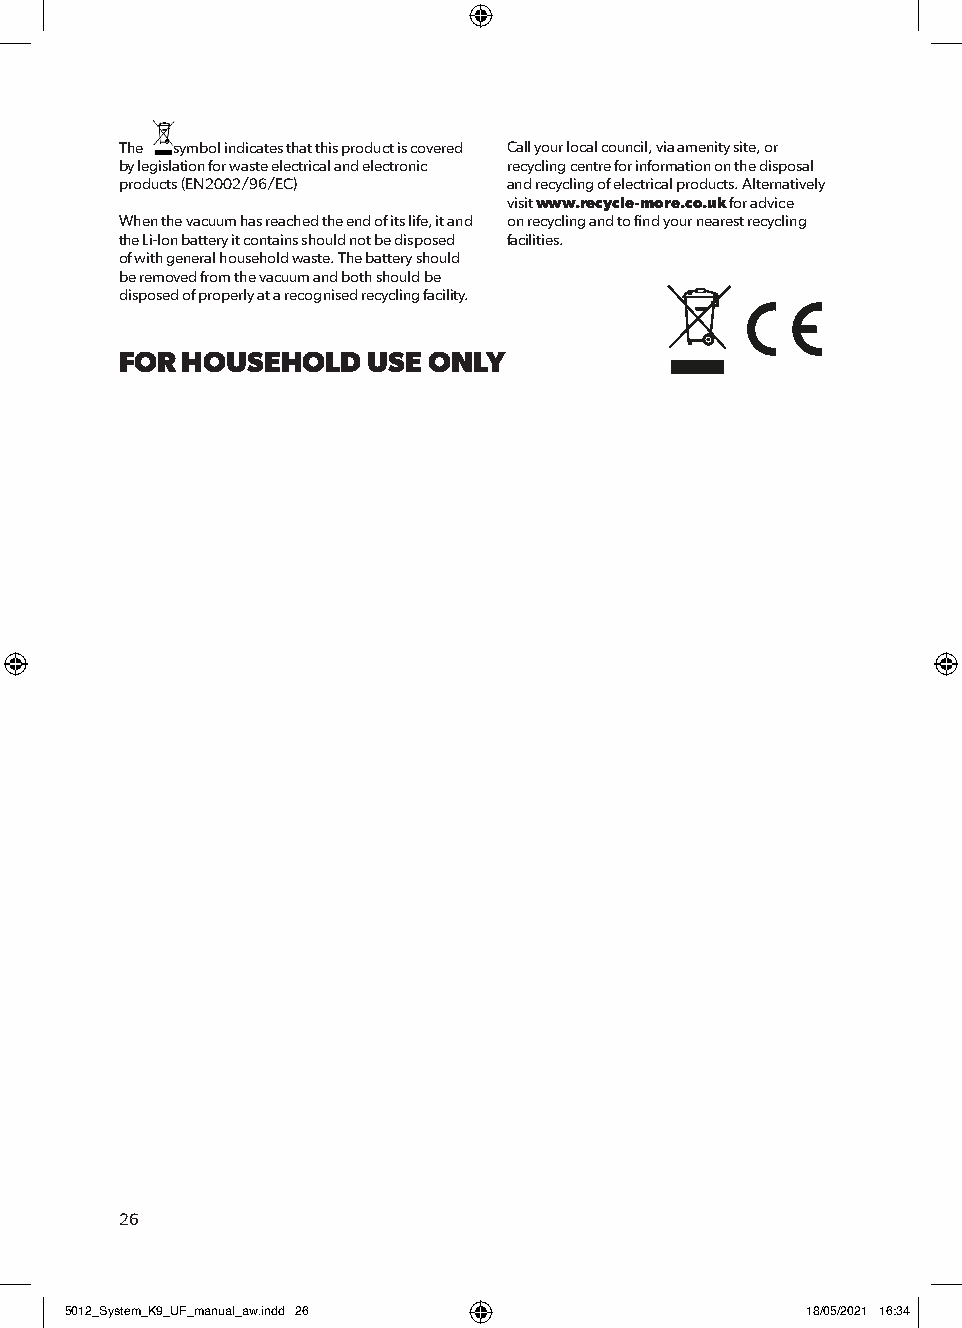
The symbol indicates that this product is covered Call your local council, via amenity site, or
 by legislation for waste electrical and electronic recycling centre for information on the disposal
 products (EN2002/96/EC)   and recycling of electrical products. Alternatively
 visit www.recycle-more.co.uk for advice
 When the vacuum has reached the end of its life, it and on recycling and to find your nearest recycling
 the Li-Ion battery it contains should not be disposed facilities.
 of with general household waste. The battery should
 be removed from the vacuum and both should be
 disposed of properly at a recognised recycling facility.
 FOR HOUSEHOLD   USE ONLY
 26
 55001122__SSyysstteemm__KK99__UUFF__mmaannuuaall__aaww..iinndddd 2266 1188//0055//22002211 1166::3344